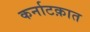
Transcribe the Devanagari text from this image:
कर्नाटक़ात